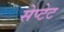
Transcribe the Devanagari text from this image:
सेप्टेट